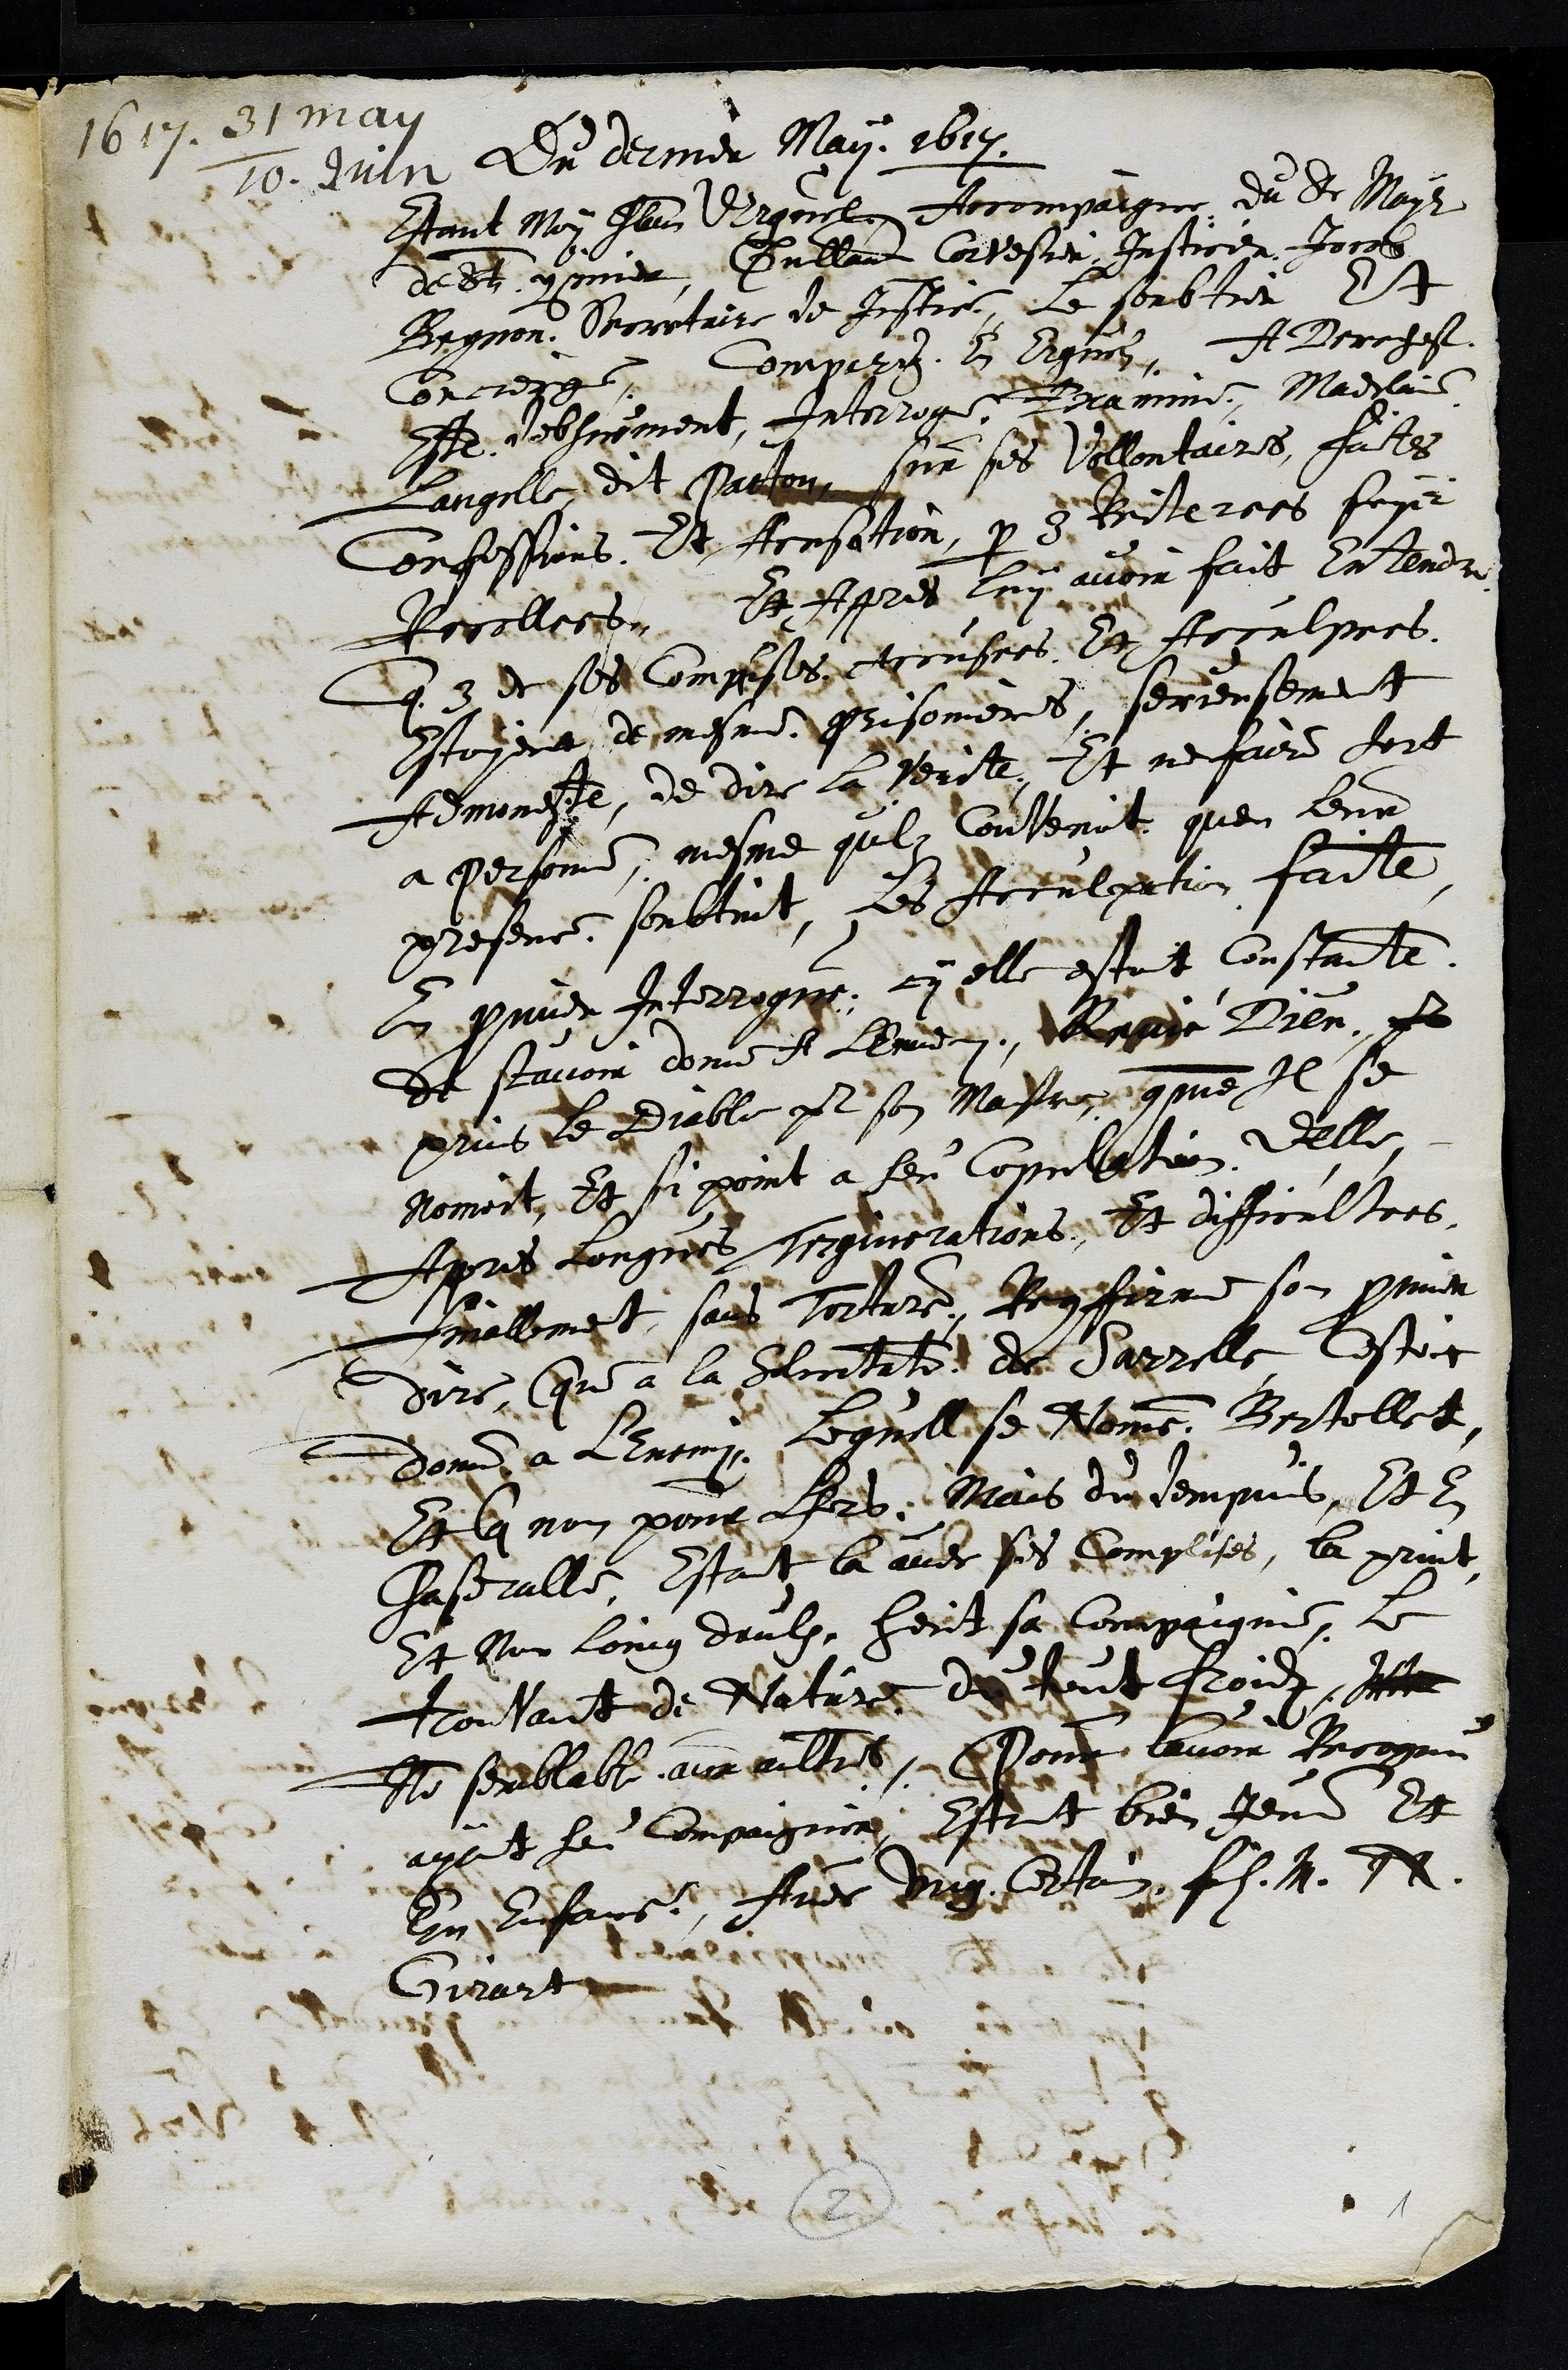
1611.2 Jur
Du dernier May 1617.
Etant Moy Jan Ergoislon Rocompaigne du de Maysn
dedt ymer, Sullant Cortesmion Iusticea Jorrs
Begnon. Bortairs de fistre, le soubtir Et
Correige comperiz E Eignis, A Brchef
At vobsrement. Interogee Feramme, Nadae
Langille dit Paihan sr ses Villontaires fates
Confessions. Et Icnsition paur di Rriteroes sopr
Roallecon. Ee Apres luy avoir fait catendr
Ee 8 de sed Compises Rinseys d Apulpres
estoyere dengne prisonieres, serrenferet
Admoneste, de dire la Perit. Et ne faire fort
a personne, mesme qul Contenot que leur
presence, soubtiit, es Icoulpetion faite
Cu pmi Interrogue, cy elle estoit Constante
de scavoir donne et Lennei, Made Lien, e
pus le diable fl son Masroregmme Il se
Nomont. Et si point a ten Commbation, delle,
pres congnes seqinications, Et difficul tres
ellment sans torture, Bnforre son prmier
dire, Qu a la Jlontaten du Sarselle testoit
domd a lenemy, Requillise Rome Brtellet
Veilq non pour ls. Mais din tempusl
Chastralle Estant a avec pes chomplises, la print
et par loing daulx heut sa Compaignie, le
Tontant de Nature dfeut Roid st
A seblable auveultre. Don lavoir Incogne
ayant feu compagnien Estont bien Jeu Et
En efans fer ug la f 1. 76
Girart
ll
1